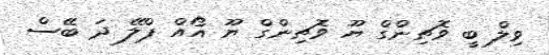
ވިލް ބީ ވޮޗިންގް ޔޫ ވޮޗިންގް ޔޫ އޯއް ޕްލޭ ދަ ބޭސް